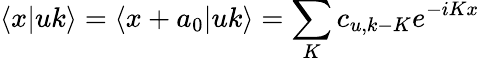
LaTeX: \langle x|uk\rangle=\langle x+a_{0}|uk\rangle=\sum_{K}c_{u,k-K}e^{-iKx}